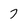
Character: 7